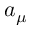
a _ { \mu }